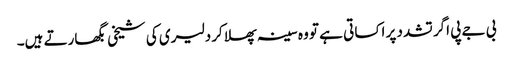
بی جے پی اگر تشدد پر اکسا تی ہے تو وہ سینہ پھلا کر دلیری کی شیخی بگھارتے ہیں۔